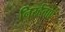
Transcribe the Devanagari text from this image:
निरर्हताएं